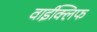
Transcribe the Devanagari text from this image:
वाईक्लिफ